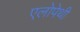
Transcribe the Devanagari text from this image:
एलोपेथी